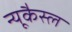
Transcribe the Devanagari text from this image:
न्यूकैस्ल